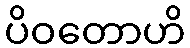
ပိဝတောဟိ